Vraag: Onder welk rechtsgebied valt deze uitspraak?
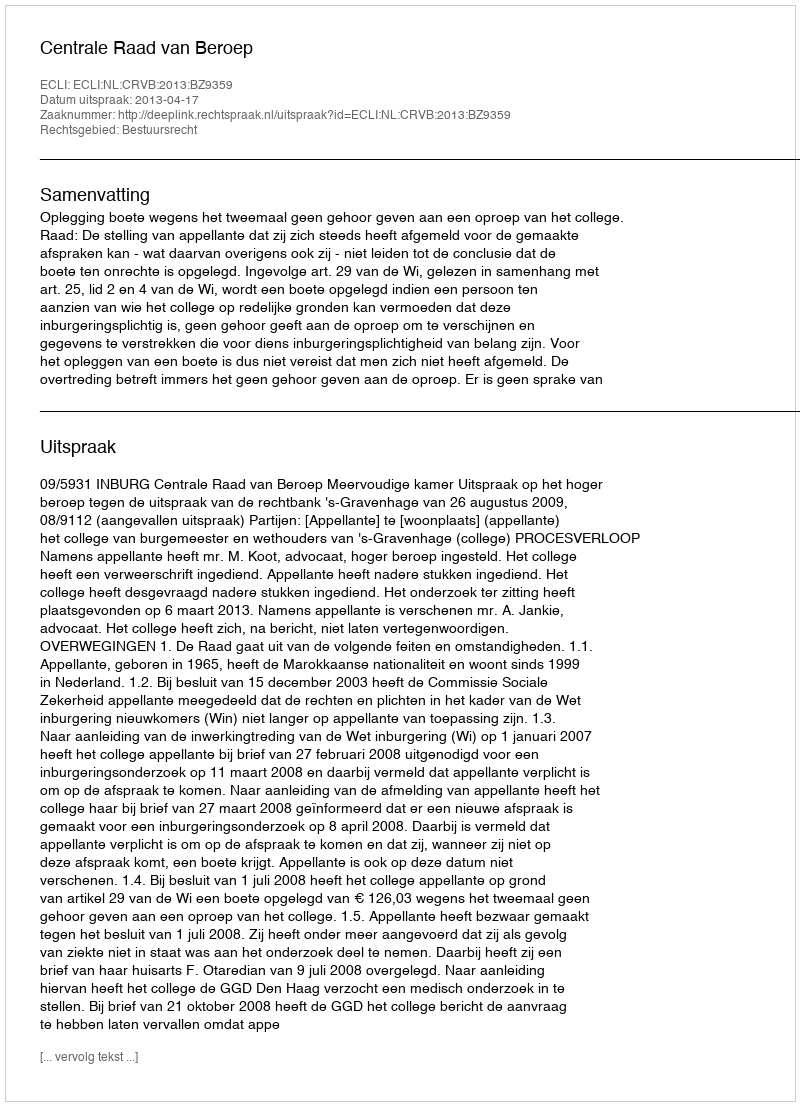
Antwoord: Bestuursrecht